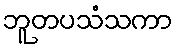
ဘူတပသံသကာ